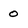
Character: 0